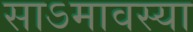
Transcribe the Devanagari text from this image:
साऽमावस्या